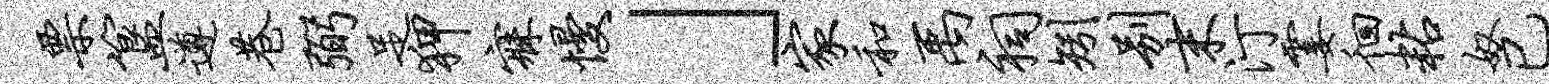
票簋遵巷弼足狎寐慢」家和禹祠矧别末汀霎徊粘奴已